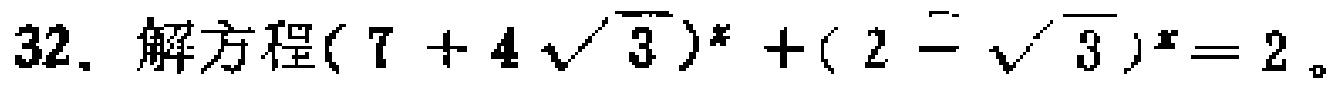
32. 解方程\((7 + 4\sqrt{3})^x+(2-\sqrt{3})^x = 2\)。